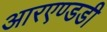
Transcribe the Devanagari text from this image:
आरएण्डडी